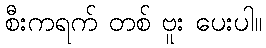
စီးကရက် တစ် ဗူး ပေးပါ။